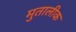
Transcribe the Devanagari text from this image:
मुतालीक